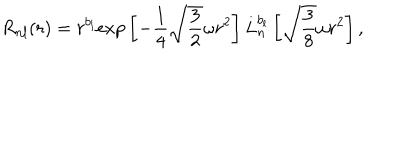
LaTeX: R _ { n l } ( r ) = r ^ { b _ { l } } \mathrm { e x p } \left[ - { \frac { 1 } { 4 } } \sqrt { \frac { 3 } { 2 } } \omega r ^ { 2 } \right] L _ { n } ^ { b _ { l } } \left[ \sqrt { \frac { 3 } { 8 } } \omega r ^ { 2 } \right] ,